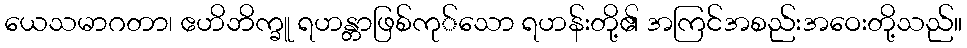
ယေသမာဂတာ၊ ဧဟိဘိက္ခူ ရဟန္တာဖြစ်ကု်သော ရဟန်းတို့၏ အကြင်အစည်းအဝေးတို့သည်။